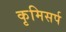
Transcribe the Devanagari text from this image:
कृमिसर्प